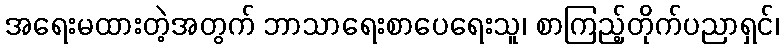
အရေးမထားတဲ့အတွက် ဘာသာရေးစာပေရေးသူ၊ စာကြည့်တိုက်ပညာရှင်၊